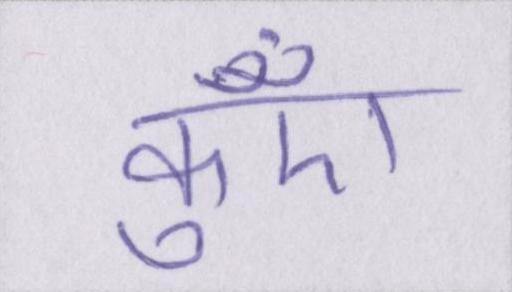
कुएँ